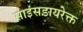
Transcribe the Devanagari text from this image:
साइंसडायरेक्त